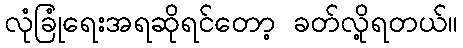
လုံခြုံရေးအရဆိုရင်တော့ ခတ်လို့ရတယ်။